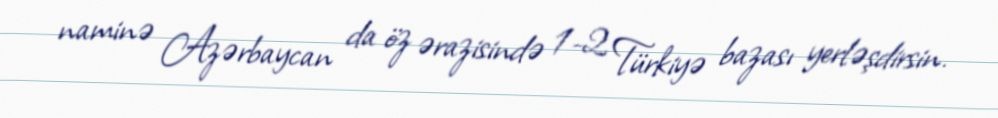
naminə Azərbaycan da öz ərazisində 1-2 Türkiyə bazası yerləşdirsin.